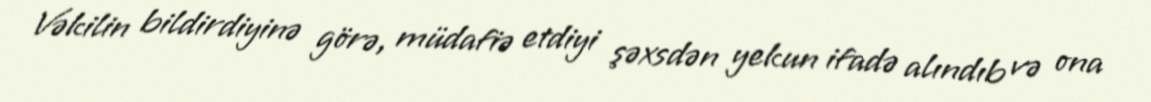
Vəkilin bildirdiyinə görə, müdafiə etdiyi şəxsdən yekun ifadə alındıb və ona